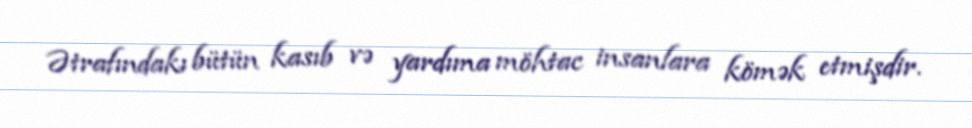
Ətrafındakı bütün kasıb və yardıma möhtac insanlara kömək etmişdir.